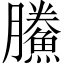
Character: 鰧